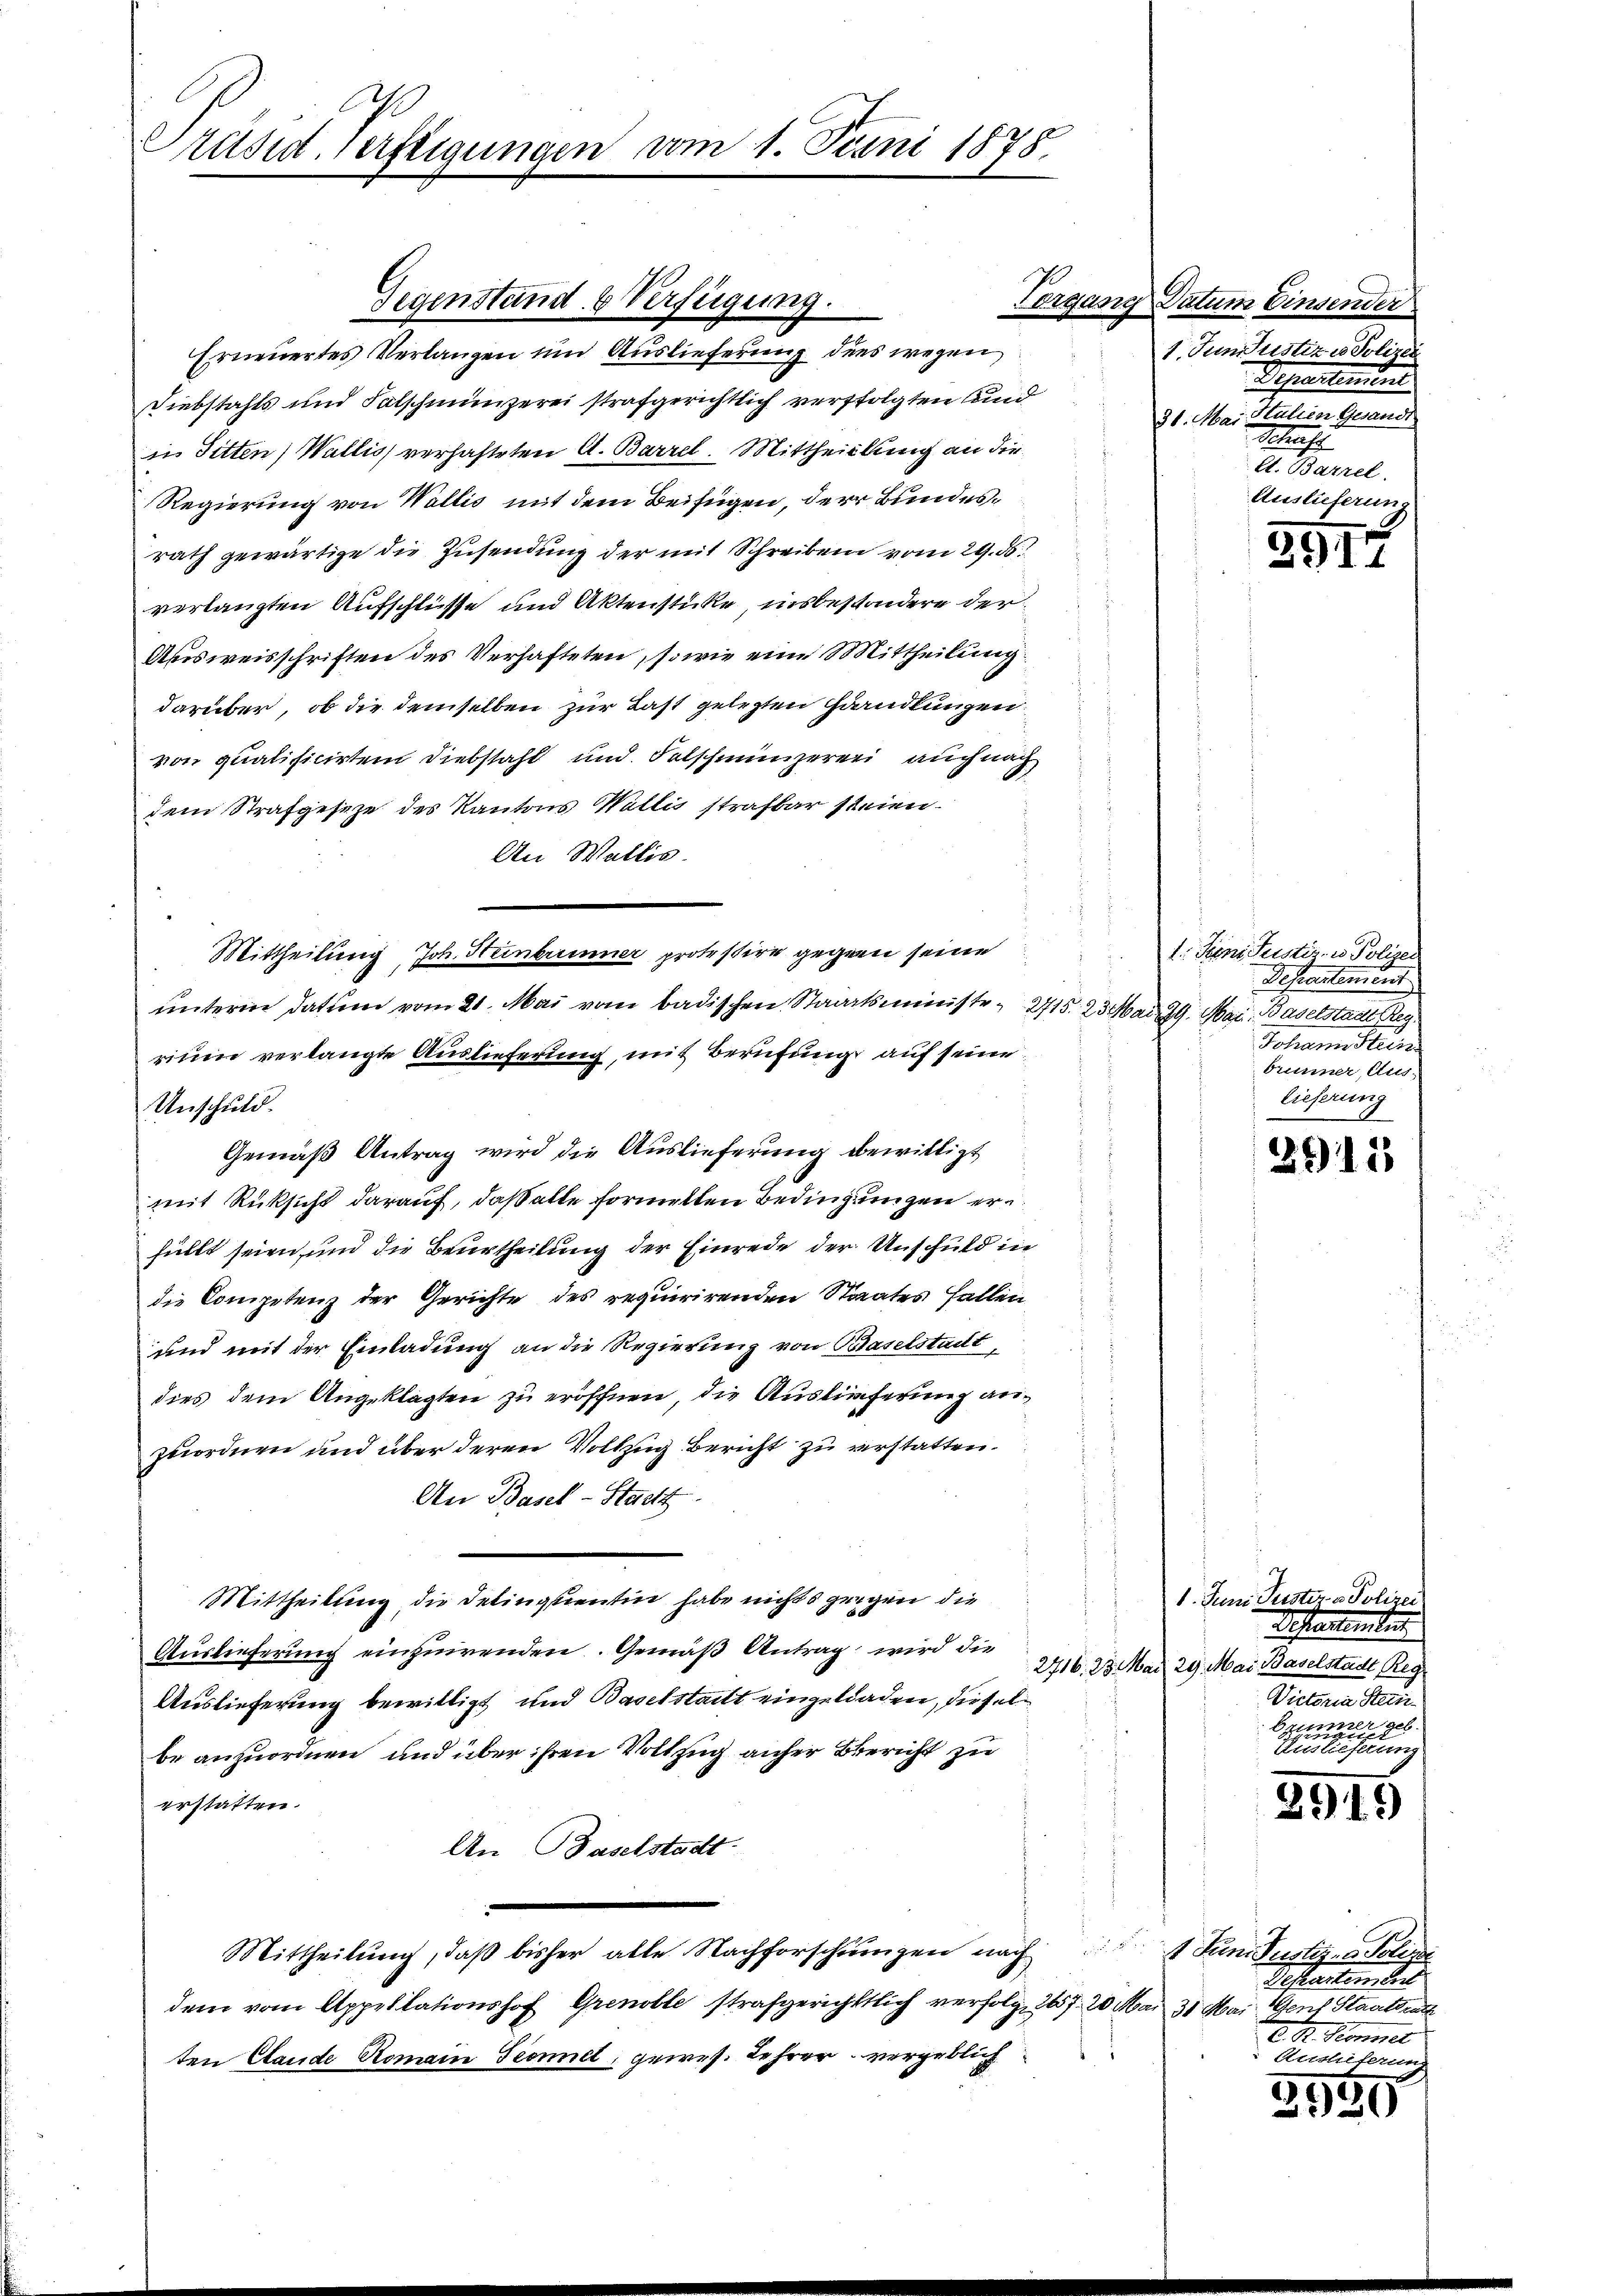
Präsid. Verfügungen vom 1. Juni 1875.

Gegenstand & Verfügung.

Erneuertes Verlangen und Auslieferung ders wegen
Diebstahls und Falschmünzerei strafgerichtlich verfolgten Kind
in Sitten) Wallis verhafteten A. Barrel. Mittheillung an die
Regierung von Wallis mit dem Beifügen, der Bundesrath gewärtige die Zusendung der mit Schreiben vom 29. ds.
verlangten Aufschlüsse und Aktenstücke, insbesondere der
Ausweisschriften des Verhafteten, sowie eine Mittheilung
darüber, ob die demselben zur Last gelegten Handlungen
von qualificirten Diebstahl und Felschmünzerer auch nach
dem Strafgeseze des Kantons Wallis strafbar steien.
An Wallis.
Mittheilung, Joh. Heinbrunner protestire gegen seine Juni Justiz- u Polizei
unterm datum vom 21. Mai vom badischen Staatsministe, 2715. 23 Mai 29. Mai, Baselstadt Reg.
rium verlangte Auslieferung, mit Berufung auf seine
Unschuld.
Gemäß Antrag wird die Auslieferung bewilligt
mit Rüksicht darauf, daß alle formelten Bedingungen erfüllt seien, und die Beurtheilung der Einrede der Unschuld in
die Competenz der Gerichte des requirirenden Staates Fallen
und mit der Einladung an die Regierung von Baselstadt,
dies dem Angeklagten zu eröffnen, die Auslieferung anzuordnen und über deren Vollzug Bericht zu erstatten.
An Basel-Stadtt
Mittheilung die Delinquentin habe nichts gegen die
Auslieferung einzuwenden. Gemäß Antrag wird die
Auslieferung bewilligt und Baselstatt einzelladen, dieselbe anzuordnen, und über ihren Vollzug anher Bericht zu
erstatten.
An Baselstadt.

Mittheilung, daß bisher alle Nachforschungen nach
dem vom Appellationshof Grenoble strafgerichttlich verfolg, 267. 20 Mai 31. Mai. Genf Staatsrath
ten Claude Romain Sonnel, gewes. Lehrer vergeblich

Vergang Datum Einsender
1. Juniustiz u. Polizei
Schulmeind
31. Mai Salien Gesand
Schaft
A. Barzel.
Auslieferun

391.

Schwartement
Johann Stein
brunner, Aus-
lieferung

2911

1. Juni Peister v. Polizei
Departenten
2716. 23. Mai 29. Mai Baselstadt Reg
Victoria Stein
Brunner geb.
ee er eine seine

2915

C.
1 Juni Justiz- & Polize
Testantenden
. H. Promet
Aushiferun

2959